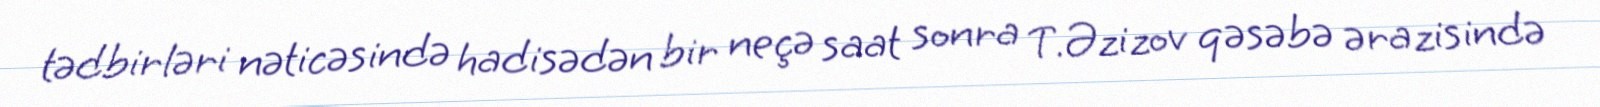
tədbirləri nəticəsində hadisədən bir neçə saat sonra T.Əzizov qəsəbə ərazisində